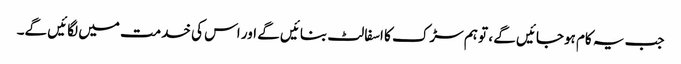
جب یہ کام ہوجائیں گے ، تو ہم سڑک کا اسفالٹ بنائیں گے اور اس کی خدمت میں لگائیں گے۔